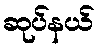
ဆုပ်နယ်